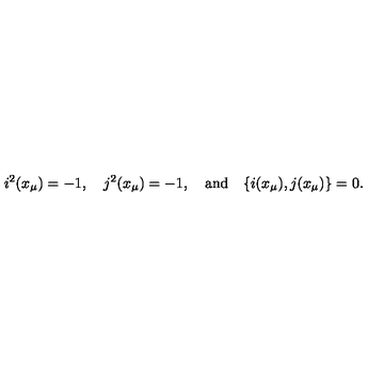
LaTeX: i ^ { 2 } ( x _ { \mu } ) = - 1 , \quad j ^ { 2 } ( x _ { \mu } ) = - 1 , \quad \mathrm { a n d } \quad \{ i ( x _ { \mu } ) , j ( x _ { \mu } ) \} = 0 .